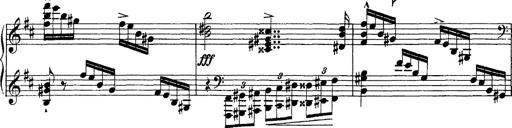
Title: Piano Sonata
Composer: Karl HÃ¤ssler
Key: C major